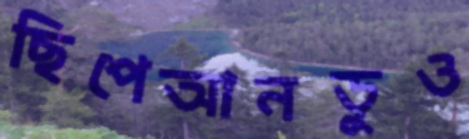
ছিপেআনডুও